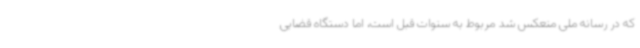
که در رسانه ملی منعکس شد مربوط به سنوات قبل است، اما دستگاه قضایی